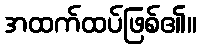
အထက်ထပ်ဖြစ်၏။